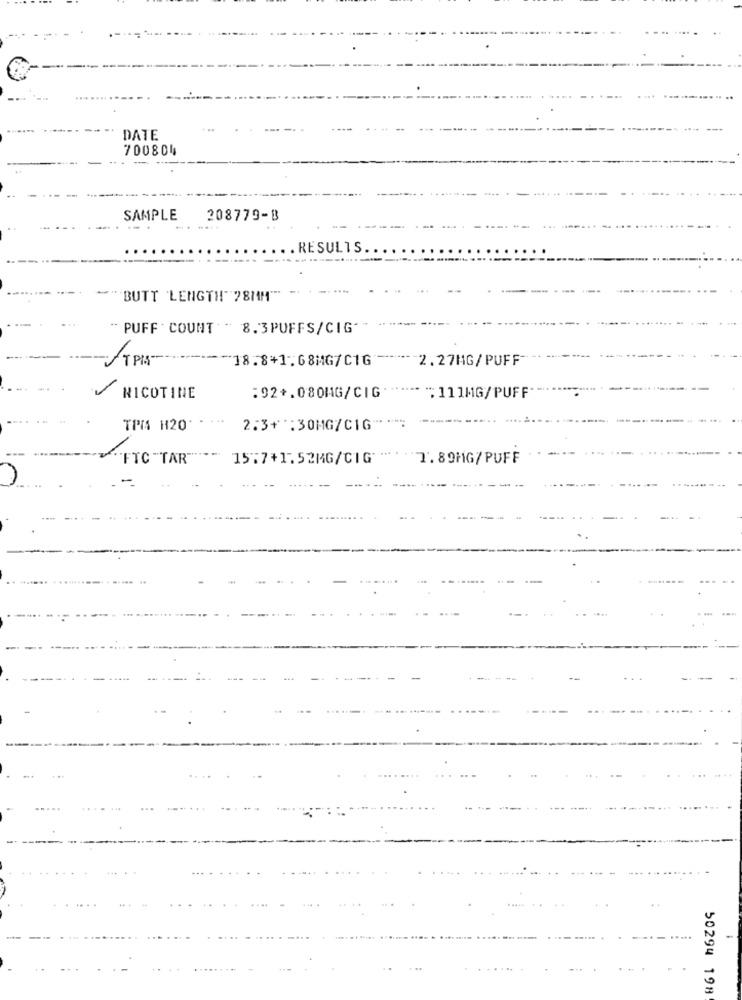
DATE
700804
SAMPLE
208779-B
..
.RESULTS.
-
BUTT 'LENGTH!" 28MM"
" PUFF ' COUNT " 8.3PUFFS/CIG"
TPIS"
-18.8+1.68MG/C1G
2.27MG/PUFF
NICOTINE
:92+.080MG/CIG
"111MG/PUFF
TPM H20'
2.3+ :30MG/CIG *****
"FTC "TAR"
15:7+1.52MG/CIG
7.89MG/PUFF
50294 198